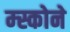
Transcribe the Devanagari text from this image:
म्स्कोने